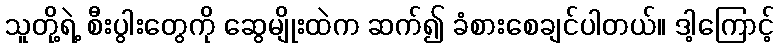
သူတို့ရဲ့ စီးပွါးတွေကို ဆွေမျိုးထဲက ဆက်၍ ခံစားစေချင်ပါတယ်။ ဒါ့ကြောင့်